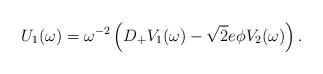
LaTeX: \begin{align*}U_1(\omega ) =\omega^{-2} \left( D_+ V_1(\omega ) -\sqrt{2} e \phi V_2(\omega ) \right).\end{align*}